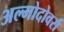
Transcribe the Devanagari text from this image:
अल्मोदोवर्स